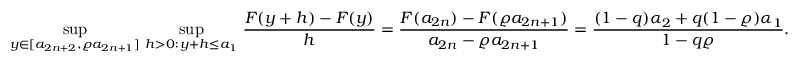
\operatorname* { s u p } _ { y \in [ a _ { 2 n + 2 } , \varrho a _ { 2 n + 1 } ] } \, \operatorname* { s u p } _ { h > 0 : \, y + h \le a _ { 1 } } \, \frac { F ( y + h ) - F ( y ) } { h } = \frac { F ( a _ { 2 n } ) - F ( \varrho a _ { 2 n + 1 } ) } { a _ { 2 n } - \varrho a _ { 2 n + 1 } } = \frac { ( 1 - q ) \alpha _ { 2 } + q ( 1 - \varrho ) \alpha _ { 1 } } { 1 - q \varrho } .